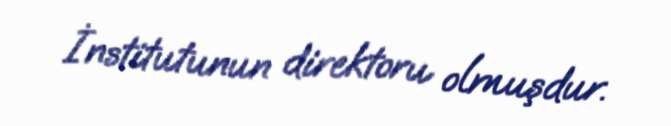
İnstitutunun direktoru olmuşdur.